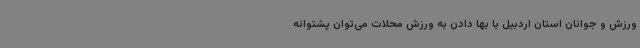
ورزش و جوانان استان اردبیل با بها دادن به ورزش محلات می‌توان پشتوانه